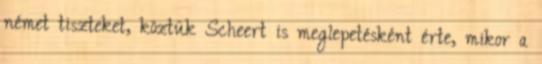
német tiszteket, köztük Scheert is meglepetésként érte, mikor a